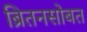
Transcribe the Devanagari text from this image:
ब्रितनसोबत